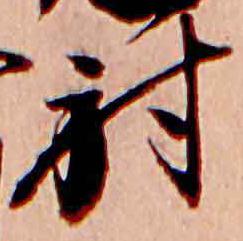
射